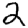
Digit: 2